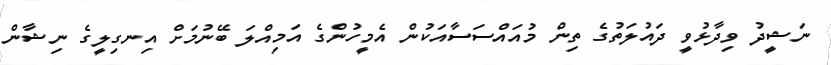
ނަޝީދު ވިދާޅުވީ ދައުލަތުގެ ތިން މުއައްސަސާއަކުން އެމީހުންގެ އަމިއްލަ ބޭނުމަށް އިނގިލީގެ ނިޝާން